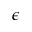
\epsilon